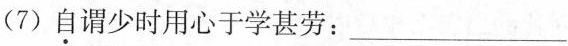
(7) 自谓少时用心于学甚劳：___